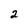
Character: 2